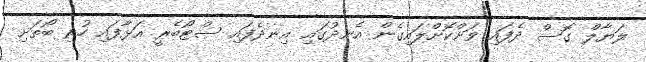
ލަޔާލް ގޮސް ދެފައި ވަށްކޮށްލައިގެން އެނދުގައި އިނދެފައި ސްޓޯބެރީ އަޅާފައި ހުރި ބޯތަށި